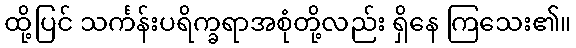
ထို့ပြင် သင်္ကန်းပရိက္ခရာအစုံတို့လည်း ရှိနေ ကြသေး၏။